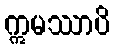
ဣမဿာပိ